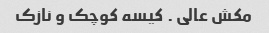
مکش عالی . کیسه کوچک و نازک